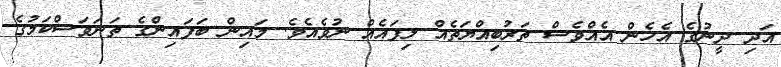
އަދި ދީނުގެ އެހެން އެއްވެސް ތަރުބިއްޔަތެއް ލިފައެއް ނުވެއެވެ. މައިން ބަފައިންގެ ތަނަވަސްކަމުގެ